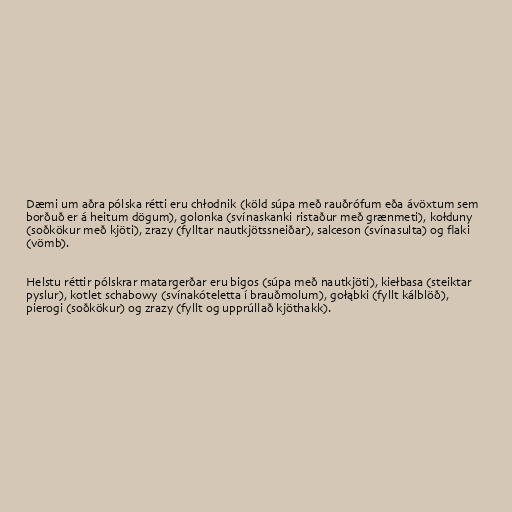
Dæmi um aðra pólska rétti eru chłodnik (köld súpa með rauðrófum eða ávöxtum sem
borðuð er á heitum dögum), golonka (svínaskanki ristaður með grænmeti), kołduny
(soðkökur með kjöti), zrazy (fylltar nautkjötssneiðar), salceson (svínasulta) og flaki
(vömb).

Helstu réttir pólskrar matargerðar eru bigos (súpa með nautkjöti), kiełbasa (steiktar
pyslur), kotlet schabowy (svínakóteletta í brauðmolum), gołąbki (fyllt kálblöð),
pierogi (soðkökur) og zrazy (fyllt og upprúllað kjöthakk).